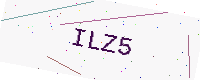
Text: ILZ5